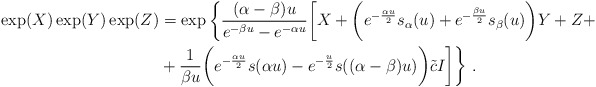
\begin{align*}\exp(X)\exp(Y)\exp(Z)&=\exp\bigg\{{(\alpha -\beta)u\over e^{-\beta u}- e^{-\alpha u}}\bigg[X+\bigg(e^{-{\alpha u\over2}}s_\alpha(u)+ e^{-{\beta u\over 2}} s_{\beta}(u)\bigg) Y+Z + \cr&+ {1\over \beta u}\bigg(e^{-{\alpha u\over2}}s(\alpha u)- e^{-{u\over2}}s((\alpha-\beta)u)\bigg) \tilde c I\bigg] \bigg\}\ .\end{align*}